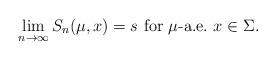
LaTeX: \begin{align*} \lim_{n\to \infty} S_n(\mu,x)=s\mbox{ for $\mu$-a.e.~$x\in \Sigma$}. \end{align*}